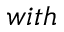
w i t h